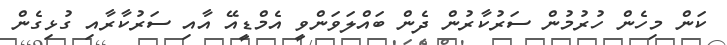
ކަން މިހެން ހުރުމުން ސަރުކާރުން ދެން ބައްލަވަންވީ އެމްޑީއޭ އާއި ސަރުކާރާއި ގުޅިގެން